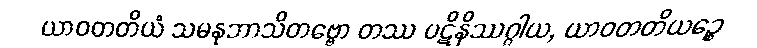
ယာဝတတိယံ သမနုဘာသိတဗ္ဗော တဿ ပဋိနိဿဂ္ဂါယ, ယာဝတတိယဉ္စေ